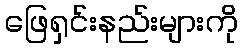
ဖြေရှင်းနည်းများကို